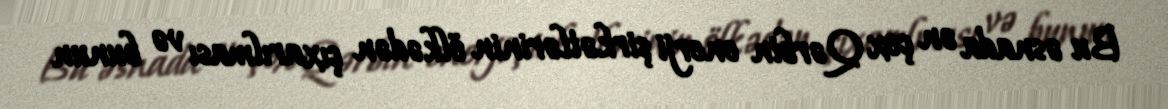
Bu əsnada ən çox Qərbin enerji şirkətlərinin ölkədən çıxarılması və bunun